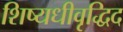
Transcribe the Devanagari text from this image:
शिष्यधीवृद्धिद